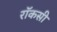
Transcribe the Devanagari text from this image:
रॉकसी